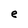
Character: e